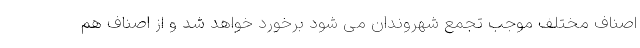
اصناف مختلف موجب تجمع شهروندان می شود برخورد خواهد شد و از اصناف هم